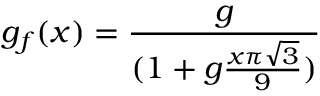
g _ { f } ( x ) = { \frac { g } { ( 1 + g { \frac { x \pi \sqrt { 3 } } { 9 } } ) } }